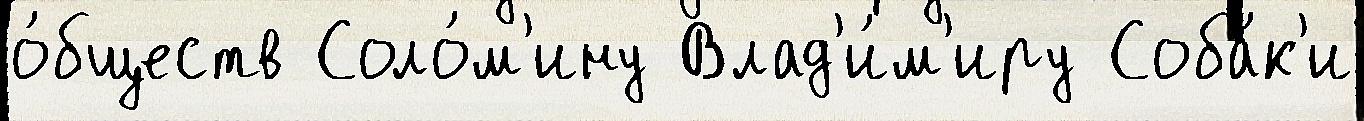
о́бществ Соло́м'ину Влад'и́м'иру Соба́к'и